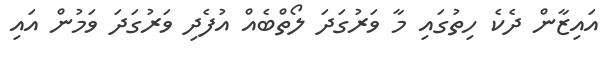
އައިޒާން ދެކެ ހިތުގައި މާ ވަރުގަދަ ލޯތްބެއް އުފެދި ވަރުގަދަ ވަމުން އައި